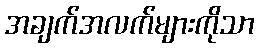
အချက်အလက်များကိုသာ